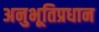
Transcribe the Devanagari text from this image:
अनुभूतिप्रधान